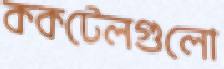
ককটেলগুলো